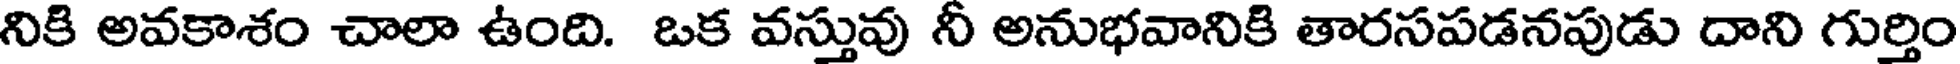
నికి అవకాశం చాలా ఉంది. ఒక వస్తువు నీ అనుభవానికి తారసపడనపుడు దాని గుర్తిం